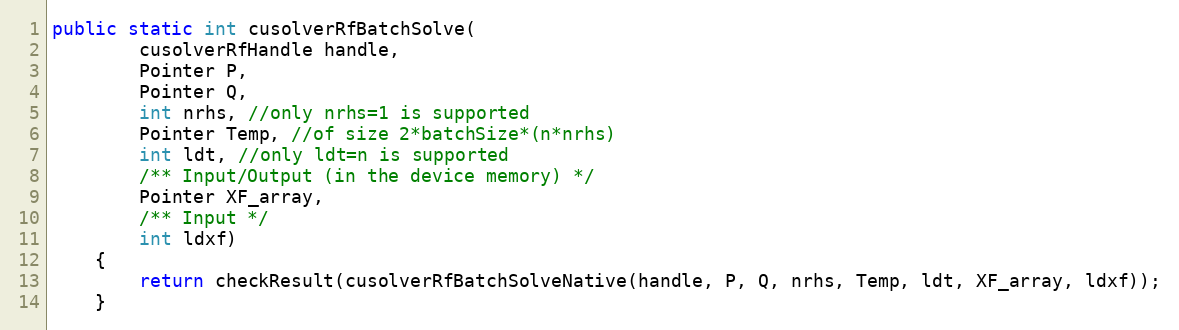
Language: Java
public static int cusolverRfBatchSolve(
        cusolverRfHandle handle,
        Pointer P,
        Pointer Q,
        int nrhs, //only nrhs=1 is supported
        Pointer Temp, //of size 2*batchSize*(n*nrhs)
        int ldt, //only ldt=n is supported
        /** Input/Output (in the device memory) */
        Pointer XF_array,
        /** Input */
        int ldxf)
    {
        return checkResult(cusolverRfBatchSolveNative(handle, P, Q, nrhs, Temp, ldt, XF_array, ldxf));
    }